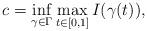
LaTeX: \begin{align*}c=\mathop{\inf}\limits_{\gamma\in\Gamma}\mathop{\max}\limits_{t\in[0,1]}I(\gamma(t)),\end{align*}